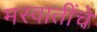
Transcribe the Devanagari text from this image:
मस्वातींचे